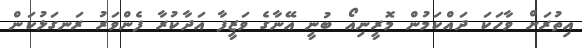
އިތުރަށް ވާހަކަ ދައްކަމުން މޮރީނިއޯ ބުނީ އޭނާގެ ވަޒީފާ އަދާކުރާ ފެންވަރު ރަނގަޅުކަން